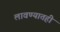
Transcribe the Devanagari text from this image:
लावण्यातही